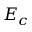
E _ { c }